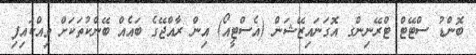
ބޮންޑު ސްޓޭޓް ޓްރޭނިންގ އޮގަނައިޒޭޝަން (އެސްޓީއޯ) އިން ރާއްޖޭގެ ބައެއް ބޭންކުތަކަށް ވިއްކައިފި